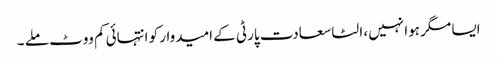
ایسا مگر ہوا نہیں، الٹا سعادت پارٹی کے امیدوار کو انتہائی کم ووٹ ملے ۔